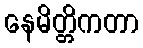
နေမိတ္တိကတာ